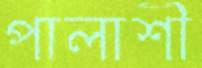
পালাশী